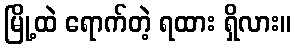
မြို့ထဲ ရောက်တဲ့ ရထား ရှိလား။